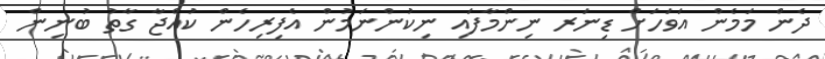
ދެން މަމެން އަވަހަށް ޑިނަރ ނިންމާފައި ނިކުންނަމުން އެފިރިހެން ކުއްޖާ ގާތު ބުނިން